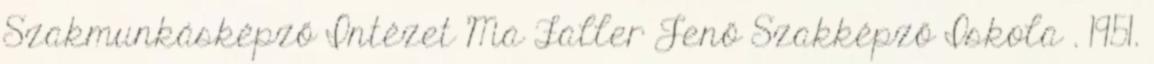
Szakmunkásképző Intézet Ma Faller Jenő Szakképző Iskola . 1951.